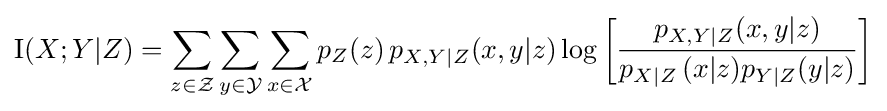
\operatorname {I} (X;Y|Z)=\sum _{z\in {\mathcal {Z}}}\sum _{y\in {\mathcal {Y}}}\sum _{x\in {\mathcal {X}}}{p_{Z}(z)\,p_{X,Y|Z}(x,y|z)\log \left[{\frac {p_{X,Y|Z}(x,y|z)}{p_{X|Z}\,(x|z)p_{Y|Z}(y|z)}}\right]}